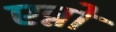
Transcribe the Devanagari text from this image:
एन्नो